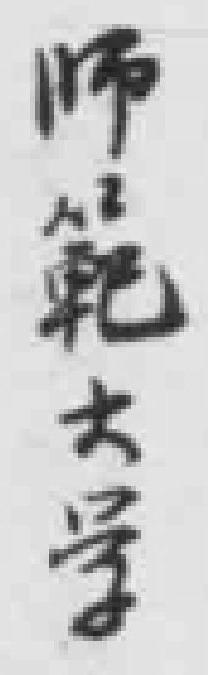
师範大学